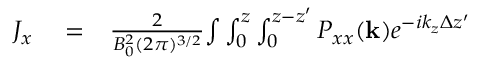
\begin{array} { r l r } { J _ { x } } & { { } = } & { \frac { 2 } { B _ { 0 } ^ { 2 } ( 2 \pi ) ^ { 3 / 2 } } { \int } \int _ { 0 } ^ { z } \int _ { 0 } ^ { z - z ^ { \prime } } P _ { x x } ( \mathbf { k } ) e ^ { - i k _ { z } \Delta z ^ { \prime } } } \end{array}